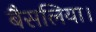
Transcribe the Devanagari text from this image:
बैसलिया।